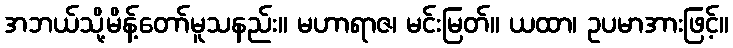
အဘယ်သို့မိန့်တော်မူသနည်း။ မဟာရာဇ၊ မင်းမြတ်။ ယထာ၊ ဥပမာအားဖြင့်။